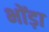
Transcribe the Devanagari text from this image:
भोंड़ा